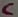
Text: C